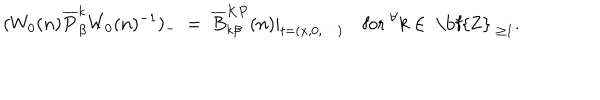
( W _ { 0 } ( n ) \overline { { { P } } } _ { \beta } ^ { k } W _ { 0 } ( n ) ^ { - 1 } ) _ { - } { } ~ = ~ \overline { { { B } } } _ { k \beta } ^ { K P } ( n ) | _ { t = ( x , 0 , \cdots ) } ~ \mathrm { f o r } ~ ^ { \forall } k \in \mathrm { ~ \bf { Z } ~ } _ { \geq 1 } .